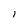
Character: 1